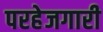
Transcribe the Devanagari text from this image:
परहेजगारी